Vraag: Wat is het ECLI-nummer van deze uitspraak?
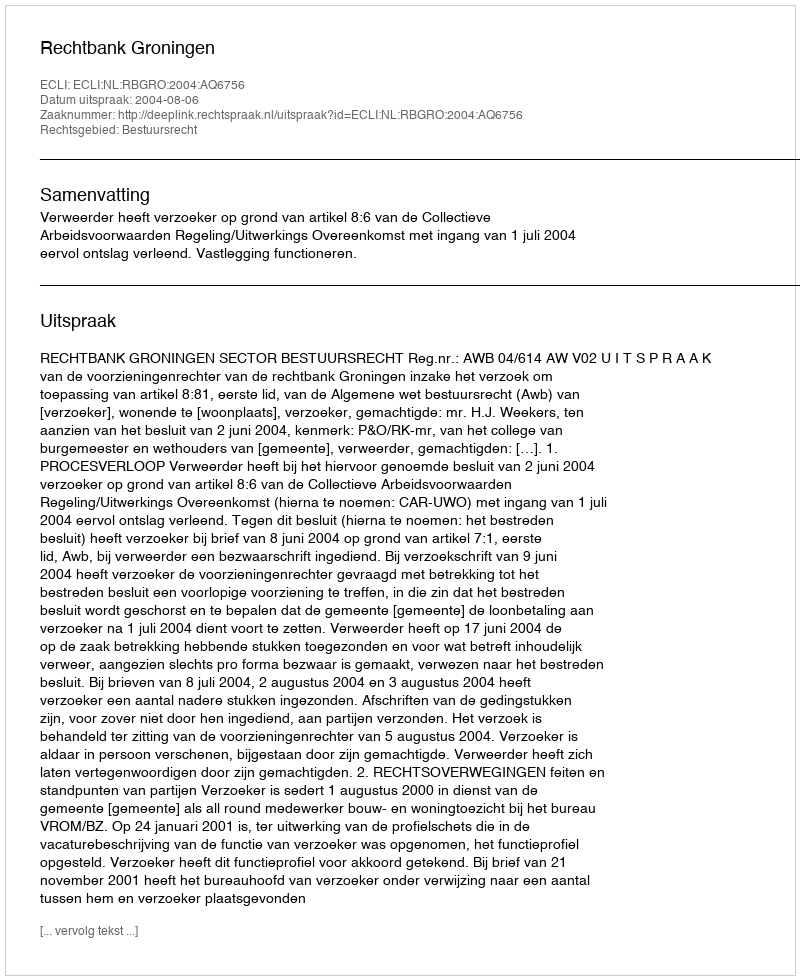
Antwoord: ECLI:NL:RBGRO:2004:AQ6756